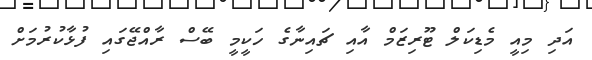
އަދި މިއީ މެޑިކަލް ޓޫރިޒަމް އާއި ޗައިނާގެ ހަކީމީ ބޭސް ރާއްޖޭގައި ފުޅާކުރުމަށް